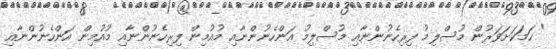
" ހަމަކަށަވަރުން މުސްލިމު ފިރިހެނުންނާއި މުސްލިމު އަންހެނުންނާއި މުއުމިން ފިރިހެނުންނާއި މުއުމިން އަންހެނުންނާއި